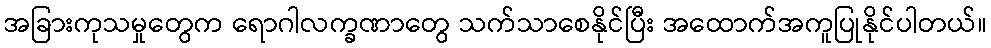
အခြားကုသမှုတွေက ရောဂါလက္ခဏာတွေ သက်သာစေနိုင်ပြီး အထောက်အကူပြုနိုင်ပါတယ်။